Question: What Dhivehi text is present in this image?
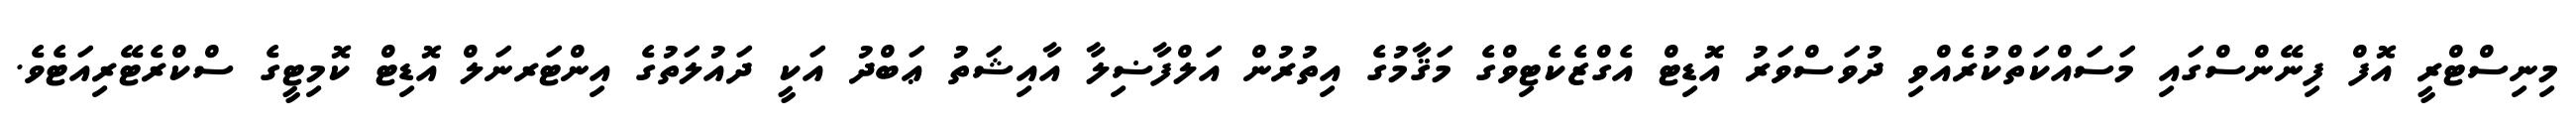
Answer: މިނިސްޓްރީ އޮފް ފިނޭންސްގައި މަސައްކަތްކުރެއްވި ދުވަސްވަރު އޮޑިޓް އެގްޒެކެޓިވްގެ މަޤާމުގެ އިތުރުން އަލްފާޟިލާ އާއިޝަތު ޢަބްދު އަކީ ދައުލަތުގެ އިންޓަރނަލް އޮޑިޓް ކޮމިޓީގެ ސްކްރެޓޭރިއަޓެވެ.